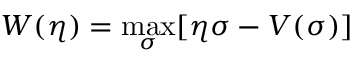
W ( \eta ) = \operatorname * { m a x } _ { \sigma } [ \eta \sigma - V ( \sigma ) ]